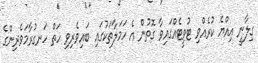
ގިލާނީ އިއްޔެ ކުރެއްވި ޓުވީޓެއްގައިވާ ގޮތުން އެ ހަމަލާތަކުގައި ބައިވެރިވި ހަތް ހަނގުރާމަވެރިންގެ